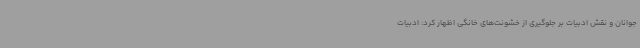
جوانان و نقش ادبیات بر جلوگیری از خشونت‌های خانگی اظهار کرد: ادبیات